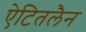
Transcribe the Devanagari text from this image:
ऐटितलैन